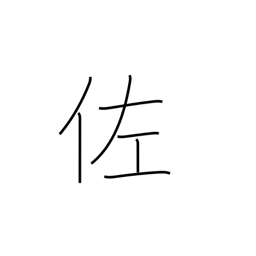
Meaning: assistant